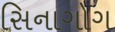
સિનાગોગ